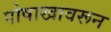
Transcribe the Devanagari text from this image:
पोषाखावरून